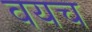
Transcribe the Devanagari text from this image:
वयच